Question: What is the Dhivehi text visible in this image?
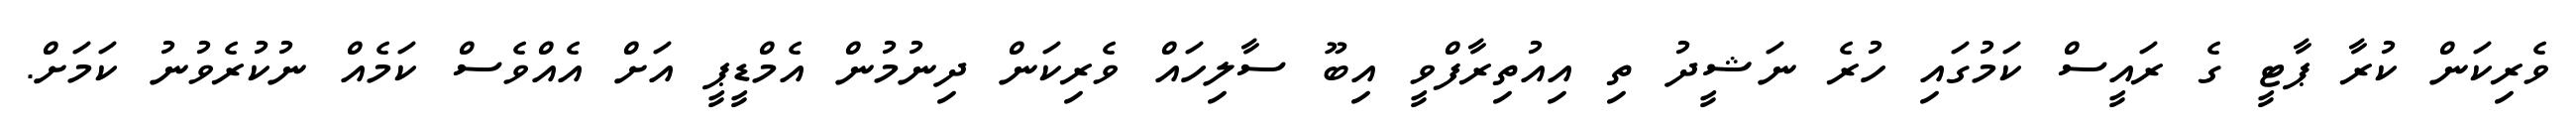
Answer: ވެރިކަން ކުރާ ޕާޓީ ގެ ރައީސް ކަމުގައި ހުރެ ނަޝީދު ތި އިއުތިރާފްވީ އިބޫ ސާލިހައް ވެރިކަން ދިނުމުން އެމްޑީޕީ އަށް އެއްވެސް ކަމެއް ނުކުރެވުނު ކަމަށް.